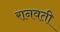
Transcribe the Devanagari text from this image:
रानवती